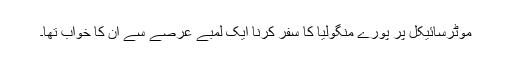
موٹرسائیکل پر پورے منگولیا کا سفر کرنا ایک لمبے عرصے سے ان کا خواب تھا۔